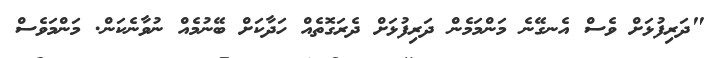
"ދަރިފުޅަށް ވެސް އެނގޭނެ މަންމަމެން ދަރިފުޅަށް ދެރަގޮތެއް ހަދާކަށް ބޭނުމެއް ނުވާނެކަން. މަންމަވެސް